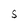
Character: S